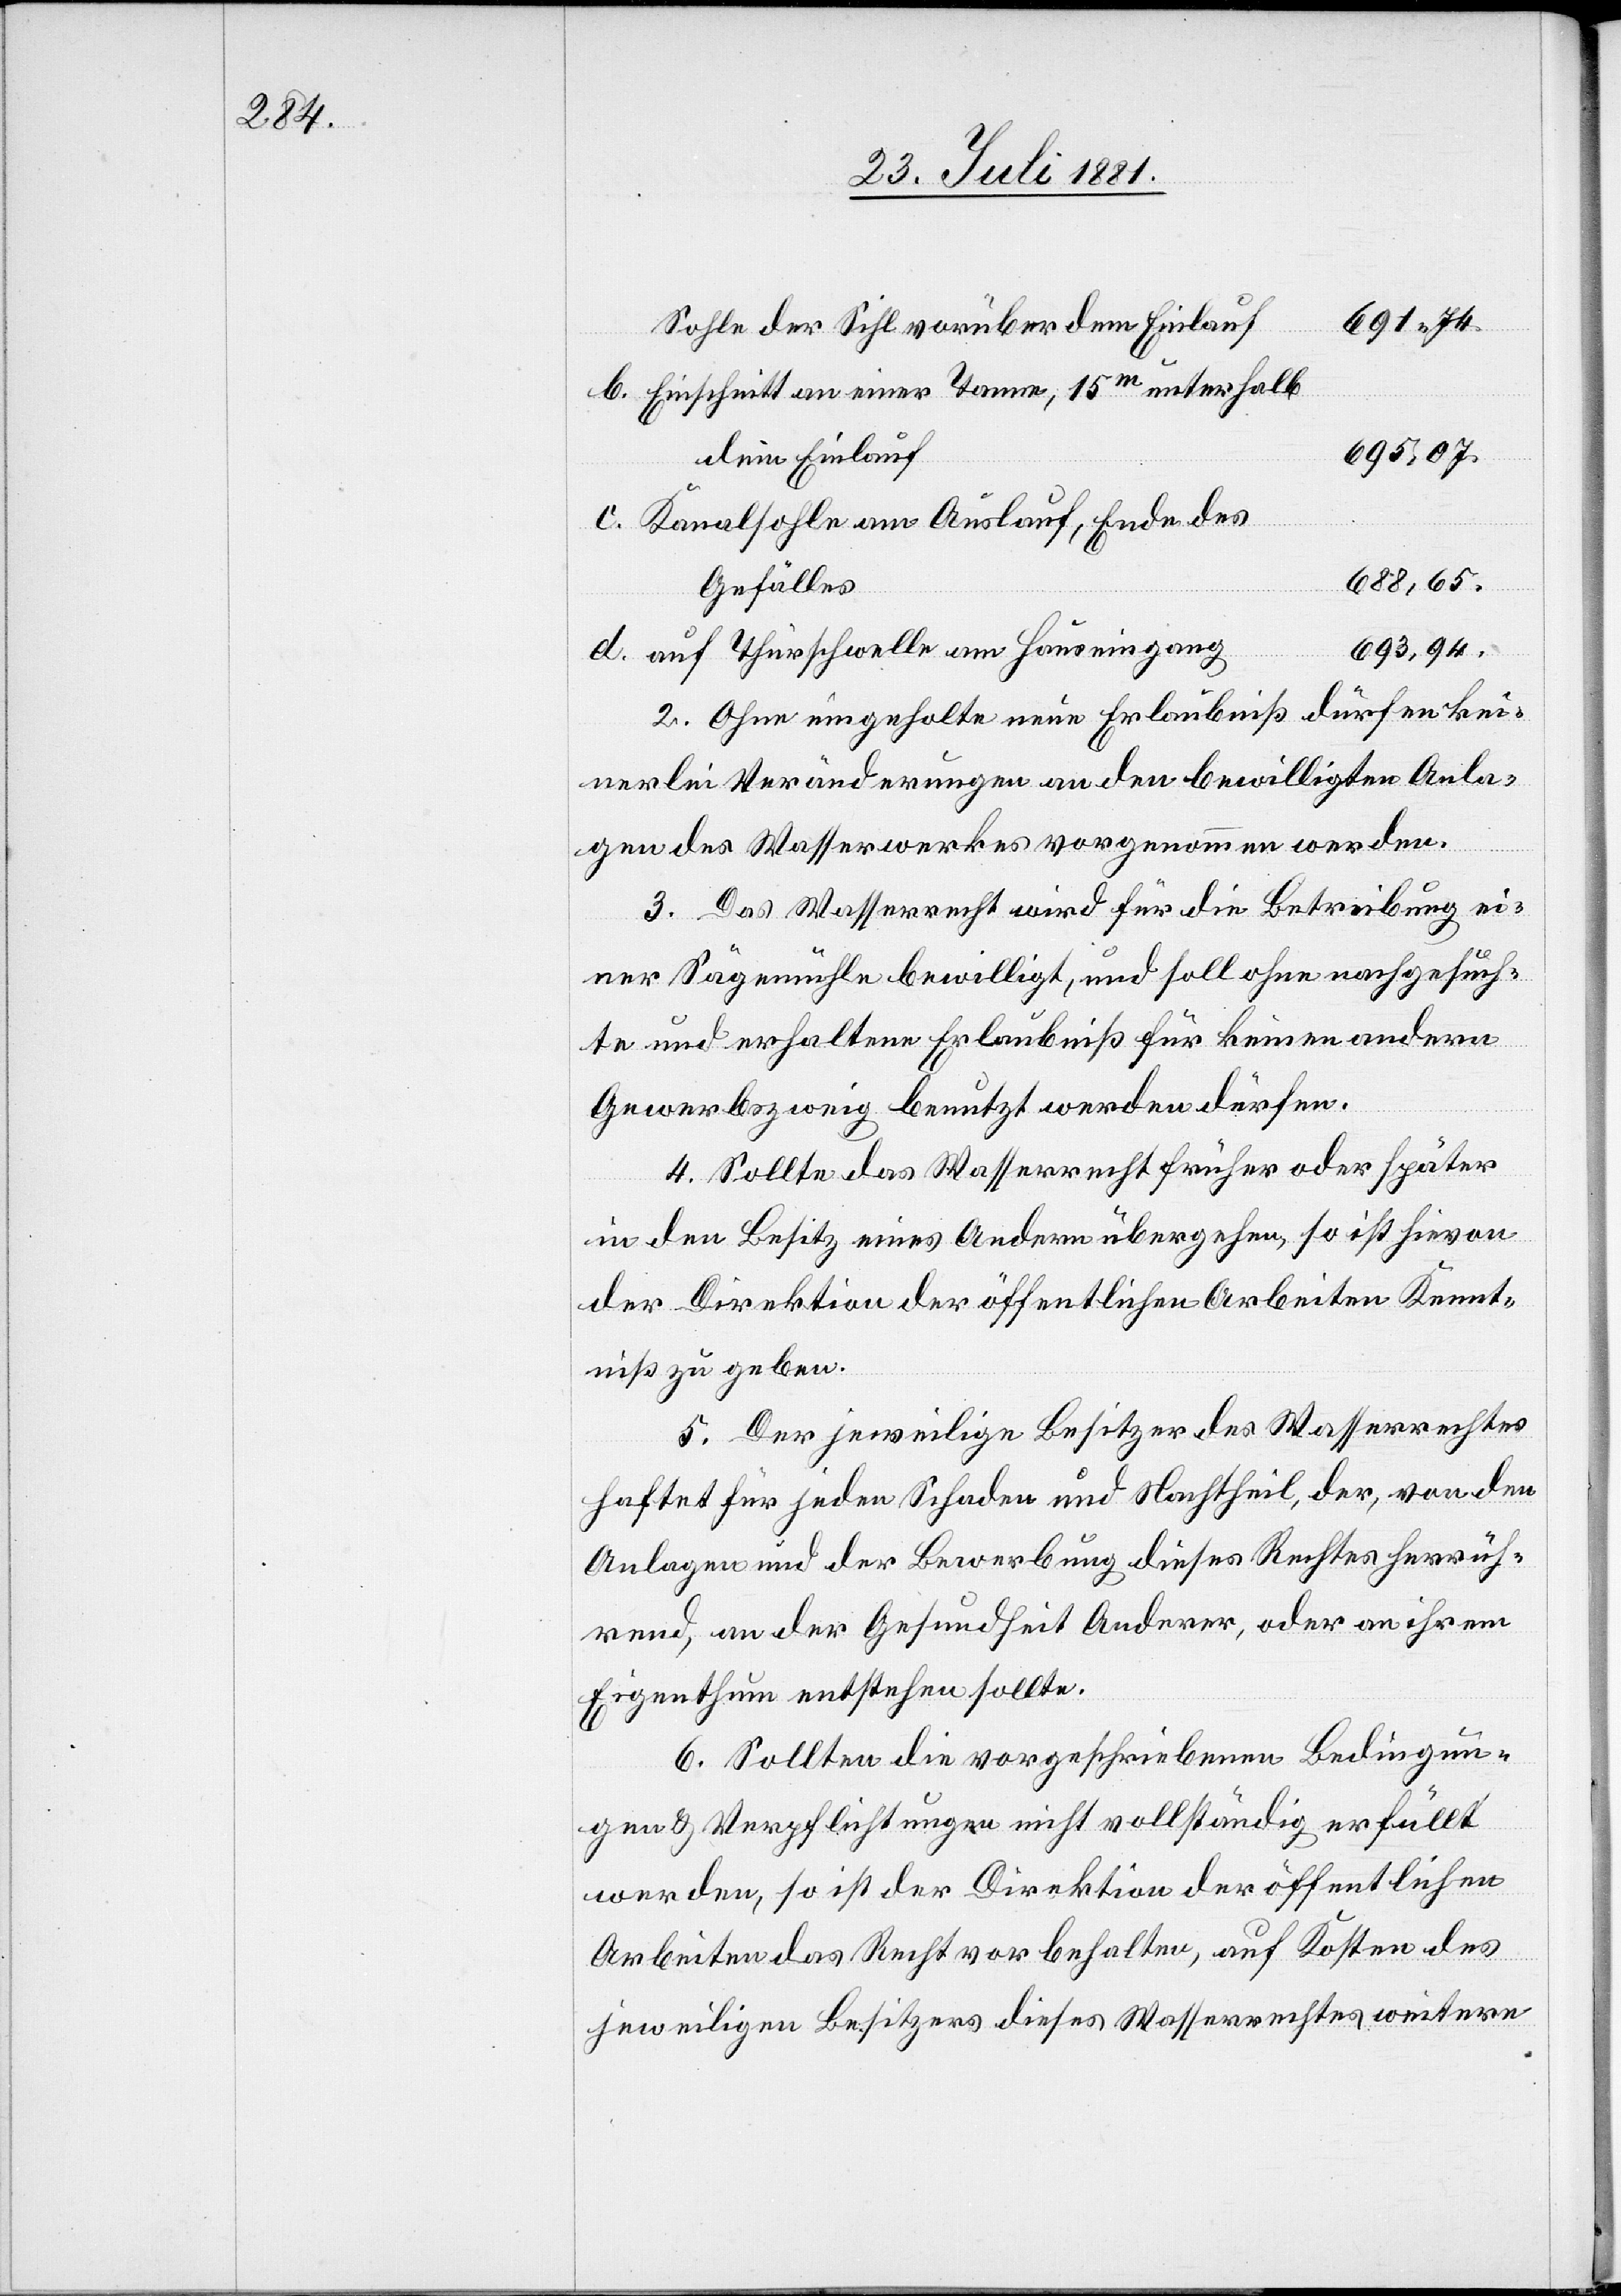
691,74
Sohle der Sihl vorüber dem Einlauf
d.
Einschnitt an einer Tanne, 15m unterhalb
695,07
dem Einlauf
Kanalsohle am Auslauf, Ende des
688,65.
Gefälles
693,94.
auf Thürschwelle am Hauseingang
2. Ohne eingeholte neue Erlaubniß dürfen kei¬
nerlei Veränderungen an den bewilligten Anla¬
gen des Wasserwerkes vorgenommen werden.
3. Das Wasserrecht wir für die Betreibung ei¬
ner Sägemühle bewilligt, und soll ohne nachgesuch¬
te und erhaltene Erlaubniß für keinen andern
Gewebezweig benutzt werden dürfen.
4. Sollte das Wasserrecht früher oder später
in Besitz eines Andern übergehen, so ist hievon
der Direktion der öffentlichen Arbeiten Kennt¬
niß zu geben.
5. Der jeweilige Besitzer des Wasserrechtes
haftet für jeden Schaden und Nachtheil, der, von den
Anlagen und der Bewerbung dieses Rechtes herrüh¬
rend, an der Gesundheit Anderer, oder an ihrem
Eigenthum entstehen sollte.
6. Sollten die vorgeschriebenen Bedingun¬
gen & Verpflichtungen nicht vollständig erfüllt
werden, so ist der Direktion der öffentlichen
Arbeiten das Recht vorbehalten, auf Kosten des
jeweiligen Besitzers dieses Wasserrechtes weitere